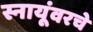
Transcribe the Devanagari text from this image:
स्नायूंवरचे